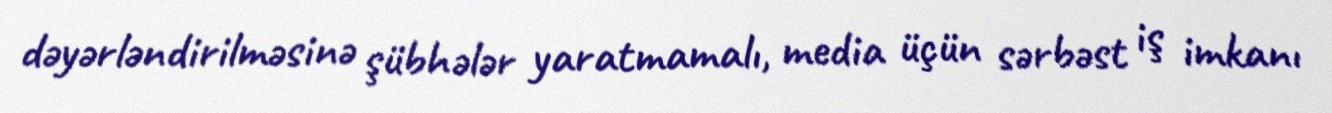
dəyərləndirilməsinə şübhələr yaratmamalı, media üçün sərbəst iş imkanı